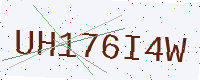
Text: UH176I4W